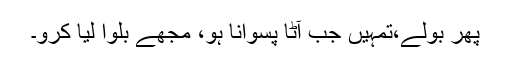
پھر بولے،تمہیں جب آٹا پسوانا ہو، مجھے بلوا لیا کرو۔